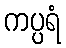
ကပ္ပရံ